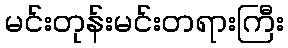
မင်းတုန်းမင်းတရားကြီး